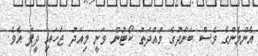
އެންމެންގެ ވެސް ބަންދުގެ މުއްދަތު ކޯޓުން ވަނީ މިއަދު ޖަހައި ދީފަ އެވެ.